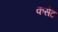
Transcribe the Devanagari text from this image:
कसेट